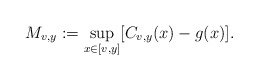
\begin{align*} M_{v,y} := \sup_{x \in [v,y]}[C_{v,y}(x) - g(x)].\end{align*}